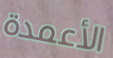
الأعمدة